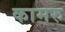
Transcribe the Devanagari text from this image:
कामरु